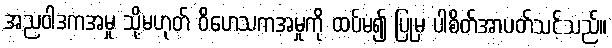
အညဝါဒကအမှု သို့မဟုတ် ဝိဟေသကအမှုကို ထပ်မံ၍ ပြုမှ ပါစိတ်အာပတ်သင့်သည်။